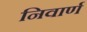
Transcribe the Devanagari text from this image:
निवार्ण